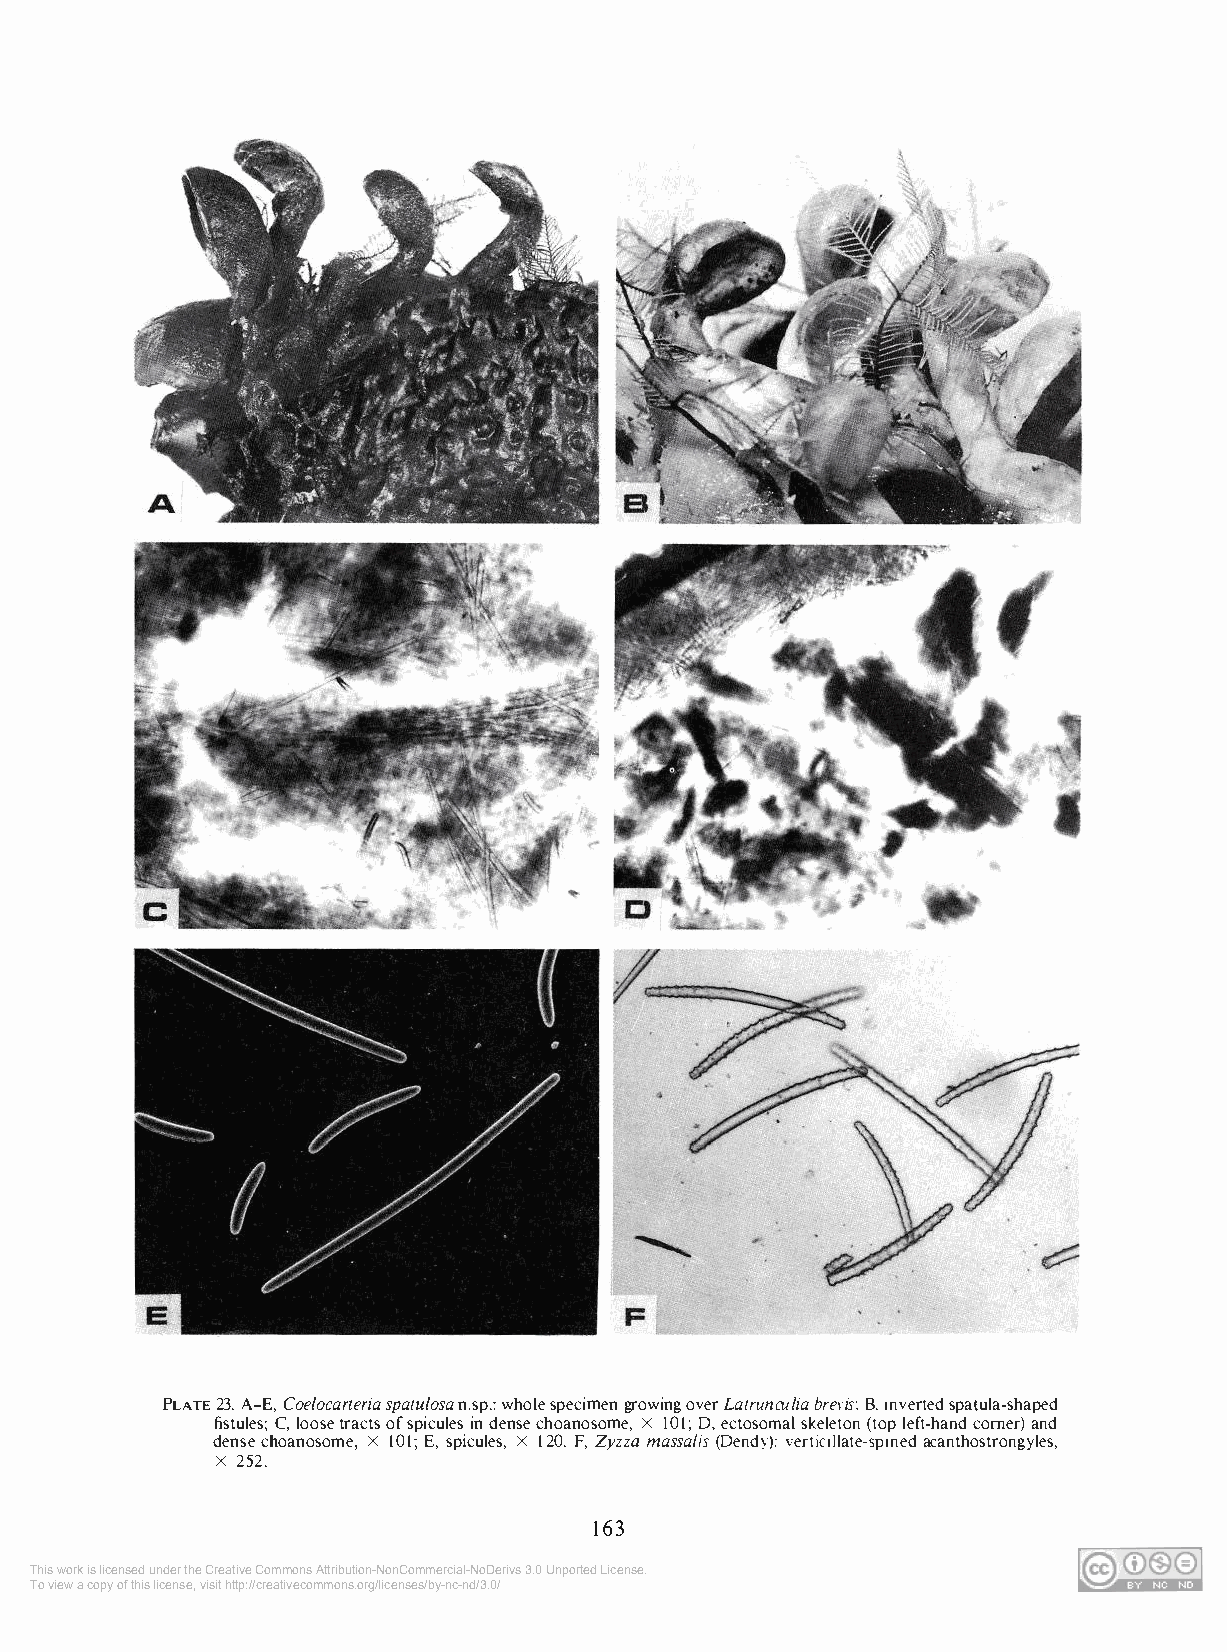
PLATE 23. A-E, Coelocarteria spatulosa n.sp.: whole specimen growing over Latrunculia breris: B. inverted spatula-shaped
 fistules; C, loose tracts of spicules in dense choanosome, X 101; D, ectosomal skeleton (top left-hand comer) and
 dense choanosome, X 101; E, spicules, X 120. F, Zyzza massa/is (Dendy): verticillate-spined acanthostrongyles,
 X 252.
 163
 This work is licensed under the Creative Commons Attribution-NonCommercial-NoDerivs 3.0 Unported License.
 To view a copy of this license, visit http://creativecommons.org/licenses/by-nc-nd/3.0/